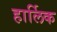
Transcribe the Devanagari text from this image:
हार्लिक